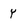
Character: y